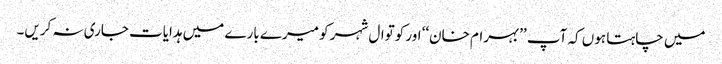
میں چاہتا ہوں کہ آپ ’’بہرام خان‘‘ اور کوتوال شہر کو میرے بارے میں ہدایات جاری نہ کریں۔